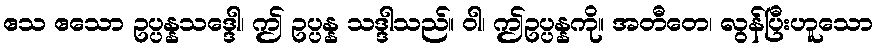
ဧသ ဧသော ဥပ္ပန္နသဒ္ဒေါ၊ ဤ ဥပ္ပန္န သဒ္ဒါသည်။ ဝါ၊ ဤဥပ္ပန္နကို။ အတီတေ၊ လွန်ပြီးဟူသော